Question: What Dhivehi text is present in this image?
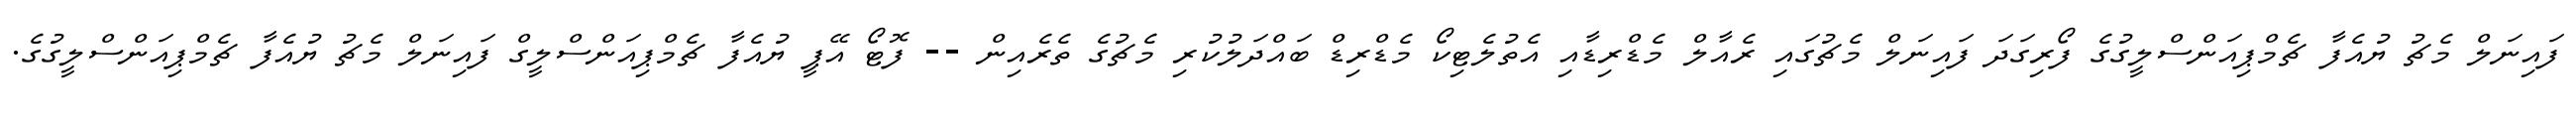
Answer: ފައިނަލް މެޗު ޔުއެފާ ޗެމްޕިއަންސްލީގުގެ ފޯރިގަދަ ފައިނަލް މެޗުގައި ރެއާލް މެޑްރިޑާއި އެތުލެޓިކޯ މެޑްރިޑް ބައްދަލުކުރި މެޗުގެ ތެރެއިން -- ފޮޓޯ އޭޕީ ޔުއެފާ ޗެމްޕިއަންސްލީގް ފައިނަލް މެޗު ޔުއެފާ ޗެމްޕިއަންސްލީގުގެ.